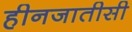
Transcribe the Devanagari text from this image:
हीनजातीसी